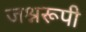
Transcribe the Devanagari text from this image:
जश्नरूपी